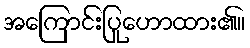
အကြောင်းပြုဟောထား၏။